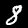
Label: 8